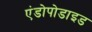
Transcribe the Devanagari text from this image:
एंडोपोडाइड